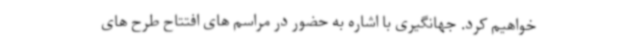
خواهیم کرد. جهانگیری با اشاره به حضور در مراسم های افتتاح طرح های